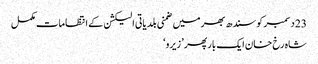
23 دسمبر کو سندھ بھر میں ضمنی بلدیاتی الیکشن کے انتظامات مکمل
شاہ رخ‌ خان ایک بار پھر ’ زیرو ‘